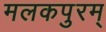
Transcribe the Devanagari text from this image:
मलकपुरम्‌